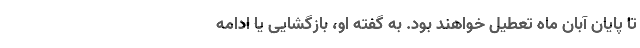
تا پایان آبان ماه تعطیل خواهند بود. به گفته او، بازگشایی یا ادامه